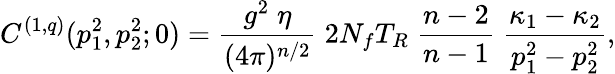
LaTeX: C^{(1,q)}(p_{1}^{2},p_{2}^{2};0)=\frac{g^{2}\; \eta}{(4\pi)^{n/2}}\; 2N_{f}T_{R}\; \frac{n-2}{n-1}\; \frac{\kappa_{1}-\kappa_{2}}{p_{1}^{2}-p_{2}^{2}},